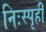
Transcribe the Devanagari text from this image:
निःस्पृही